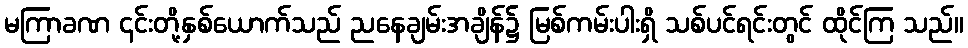
မကြာခဏ ၎င်းတို့နှစ်ယောက်သည် ညနေချမ်းအချိန်၌ မြစ်ကမ်းပါးရှိ သစ်ပင်ရင်းတွင် ထိုင်ကြ သည်။